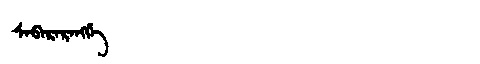
Manchu: ᠰᠠᠪᠠᡵᠠᡵᠠᠩᡤᡝ
Romanization: SABARARANGGE